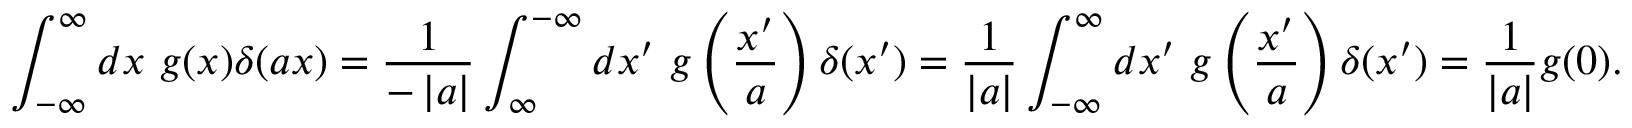
\int _ { - \infty } ^ { \infty } d x \ g ( x ) \delta ( a x ) = { \frac { 1 } { - \left\vert a \right\vert } } \int _ { \infty } ^ { - \infty } d x ^ { \prime } \ g \left( { \frac { x ^ { \prime } } { a } } \right) \delta ( x ^ { \prime } ) = { \frac { 1 } { \left\vert a \right\vert } } \int _ { - \infty } ^ { \infty } d x ^ { \prime } \ g \left( { \frac { x ^ { \prime } } { a } } \right) \delta ( x ^ { \prime } ) = { \frac { 1 } { \left\vert a \right\vert } } g ( 0 ) .